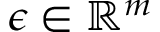
\epsilon \in \mathbb { R } ^ { m }